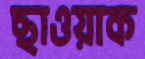
ছাওয়াক